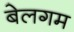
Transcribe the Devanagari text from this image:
बेलगम